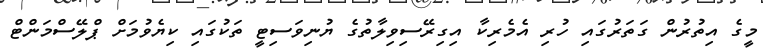
މީގެ އިތުރުން ގަތަރުގައި ހުރި އެމެރިކާ އިގިރޭސިވިލާތުގެ ޔުނިވަސިޓީ ތަކުގައި ކިޔެވުމަށް ޕްލޭސްމަންޓް